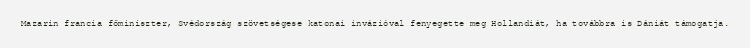
Mazarin francia főminiszter, Svédország szövetségese katonai invázióval fenyegette meg Hollandiát, ha továbbra is Dániát támogatja.